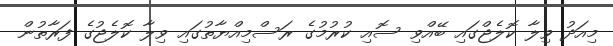
މިއަދު ވިލާ ކޮލެޖްގައި ބޭއްވި ސޮއި ކުރުމުގެ ރަސްމިއްޔާތުގައި ވިލާ ކޮލެޖުގެ ފަރާތުން